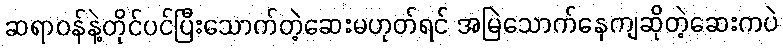
ဆရာဝန်နဲ့တိုင်ပင်ပြီးသောက်တဲ့ဆေးမဟုတ်ရင် အမြဲသောက်နေကျဆိုတဲ့ဆေးကပဲ